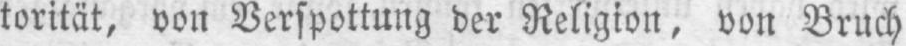
torität, von Verspottung der Religion, von Bruch